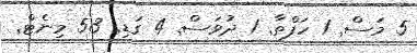
5 މަސް